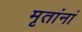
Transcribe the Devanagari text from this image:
मृतांनां